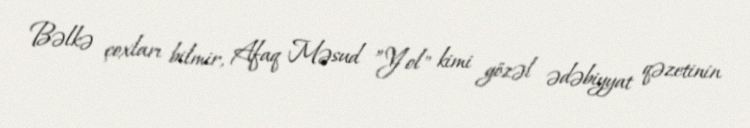
Bəlkə çoxları bilmir, Afaq Məsud ”Yol" kimi gözəl ədəbiyyat qəzetinin